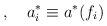
LaTeX: \begin{align*},\quad a_{i}^{*}\equiv a^{*}(f_{i})\end{align*}